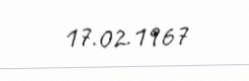
17.02.1967